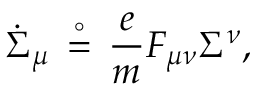
{ \dot { \Sigma } } _ { \mu } \, \stackrel { \circ } { = } \, { \frac { e } { m } } F _ { \mu \nu } \Sigma ^ { \nu } ,